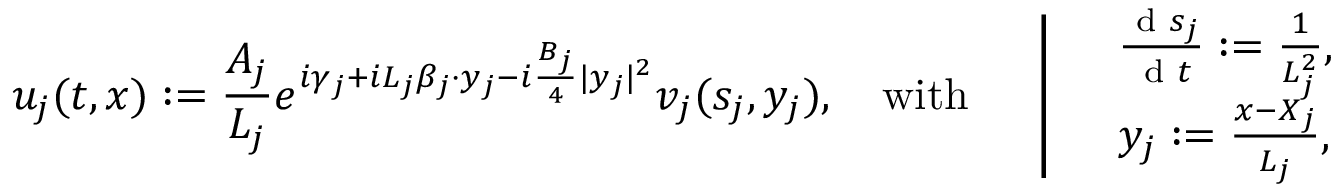
u _ { j } ( t , x ) : = \frac { A _ { j } } { L _ { j } } e ^ { i \gamma _ { j } + i L _ { j } \beta _ { j } \cdot y _ { j } - i \frac { B _ { j } } { 4 } | y _ { j } | ^ { 2 } } v _ { j } ( s _ { j } , y _ { j } ) , \quad \mathrm { w i t h ~ } \quad \left| \begin{array} { r l } & { \frac { \textnormal { d } s _ { j } } { \textnormal { d } t } : = \frac { 1 } { L _ { j } ^ { 2 } } , } \\ & { y _ { j } : = \frac { x - X _ { j } } { L _ { j } } , } \end{array} \right.